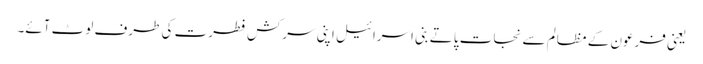
یعنی فرعون کے مظالم سے نجات پاتے بنی اسرائیل اپنی سرکش فطرت کی طرف لوٹ آئے۔